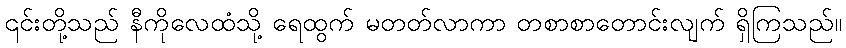
၎င်းတို့သည် နီကိုလေထံသို့ ရေထွက် မတတ်လာကာ တစာစာတောင်းလျက် ရှိကြသည်။